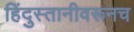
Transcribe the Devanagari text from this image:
हिंदुस्तानीवरूनच